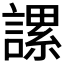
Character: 𧫖